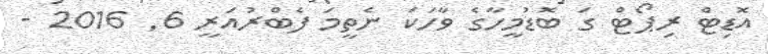
އޮޑިޓް ރިޕޯޓް ގަަ ބޮޑުމީހާގެ ވާހަކަ ނެތީމަ ފެބްރުއަރީ 6